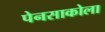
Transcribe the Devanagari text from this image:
पेनसाकोला